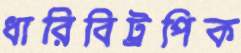
ধারিবিট্রপিক